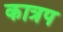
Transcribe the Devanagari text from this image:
कात्रप